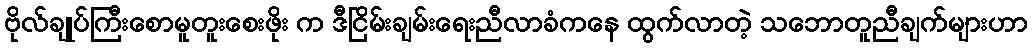
ဗိုလ်ချုပ်ကြီးစောမူတူးစေးဖိုး က ဒီငြိမ်းချမ်းရေးညီလာခံကနေ ထွက်လာတဲ့ သဘောတူညီချက်များဟာ